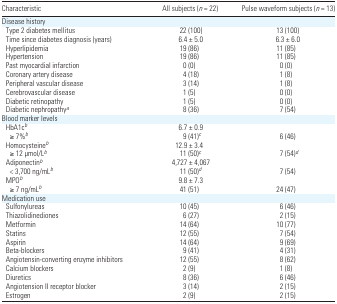
| Characteristic | All subjects (n = 22) | Pulse waveform subjects (n = 13) |
 | --- | --- | --- |
 | <COLSPAN=3> Disease history |
 | Type 2 diabetes mellitus | 22 (100) | 13 (100) |
 | Time since diabetes diagnosis (years) | 6.4 ± 5.0 | 6.3 ± 6.0 |
 | Hyperlipidemia | 19 (86) | 11 (85) |
 | Hypertension | 19 (86) | 11 (85) |
 | Past myocardial infarction | 0 (0) | 0 (0) |
 | Coronary artery disease | 4 (18) | 1 (8) |
 | Peripheral vascular disease | 3 (14) | 1 (8) |
 | Cerebrovascular disease | 1 (5) | 0 (0) |
 | Diabetic retinopathy | 1 (5) | 0 (0) |
 | Diabetic nephropathya | 8 (36) | 7 (54) |
 | <COLSPAN=3> Blood marker levels |
 | HbA1cb | 6.7 ± 0.9 |  |
 | ≥ 7%b | 9 (41)c | 6 (46) |
 | Homocysteineb | 12.9 ± 3.4 |  |
 | ≥12 μmol/Lb | 11 (50)c | 7 (54)d |
 | Adiponectinb | 4,727 ± 4,067 |  |
 | < 3,700 ng/mLb | 11 (50)d | 7 (54) |
 | MPOb | 9.8 ± 7.3 |  |
 | ≥7 ng/mLb | 41 (51) | 24 (47) |
 | <COLSPAN=3> Medication use |
 | Sulfonylureas | 10 (45) | 6 (46) |
 | Thiazolidinediones | 6 (27) | 2 (15) |
 | Metformin | 14 (64) | 10 (77) |
 | Statins | 12 (55) | 7 (54) |
 | Aspirin | 14 (64) | 9 (69) |
 | Beta-blockers | 9 (41) | 4 (31) |
 | Angiotensin-converting enzyme inhibitors | 12 (55) | 8 (62) |
 | Calcium blockers | 2 (9) | 1 (8) |
 | Diuretics | 8 (36) | 6 (46) |
 | Angiotension II receptor blocker | 3 (14) | 2 (15) |
 | Estrogen | 2 (9) | 2 (15) |